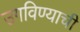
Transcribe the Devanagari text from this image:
उगविण्याची